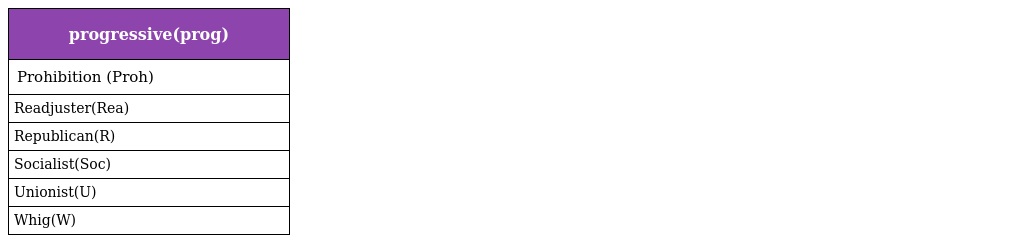
| progressive(prog) |
 | --- |
 | Prohibition (Proh) |
 | Readjuster(Rea) |
 | Republican(R) |
 | Socialist(Soc) |
 | Unionist(U) |
 | Whig(W) |